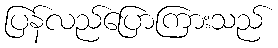
ပြန်လည်ပြောကြားသည်